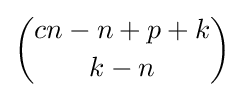
{\binom {cn-n+p+k}{k-n}}